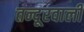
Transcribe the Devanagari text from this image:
तन्दूरवाली